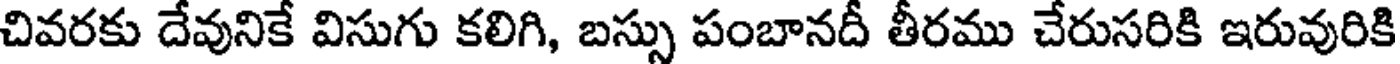
చివరకు దేవునికే విసుగు కలిగి, బస్సు పంబానదీ తీరము చేరుసరికి ఇరువురికి